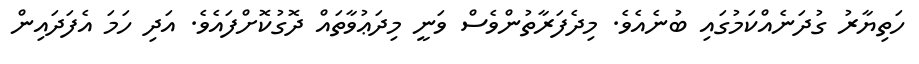
ހަތިޔާރު ގުދަނެއްކަމުގައި ބުނެއެވެ. މިދެފަރާތުންވެސް ވަނީ މިދަޢުވާތައް ދޮގުކޮށްފައެވެ. އަދި ހަމަ އެފަދައިން